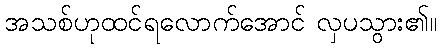
အသစ်ဟုထင်ရလောက်အောင် လှပသွား၏။